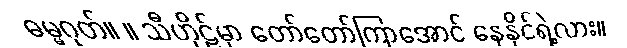
ဓမ္မဂုတ်။ ။ သီဟိုဠ်မှာ တော်တော်ကြာအောင် နေနိုင်ရဲ့လား။